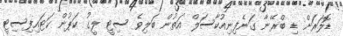
ޑޮލަރަށް ޑި ބްރޭނާ ގަނެފިނިއުކާސަލް އަތުން ބަލިވެ ސިޓީ ލީގު ކަޕުން ކަޓައިފިސިޓީ